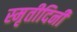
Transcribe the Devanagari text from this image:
स्मृतीदिनी